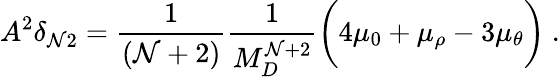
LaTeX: A^{2}\delta_{\mathcal{N}2}=\frac{{1}}{{(\mathcal{N}+2)}}\frac{{1}}{{M_{D}^{\mathcal{N}+2}}}\bigg(4\mu_{0}+\mu_{\rho}-3\mu_{\theta}\bigg)~.